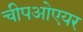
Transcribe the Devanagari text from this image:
चीपओएयर